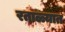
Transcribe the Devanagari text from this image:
रताळ्यात